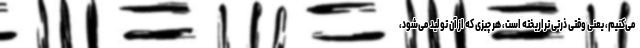
می‌کنیم، یعنی وقتی ذرتی تراریخته است، هر چیزی که از آن تولید می‌شود،